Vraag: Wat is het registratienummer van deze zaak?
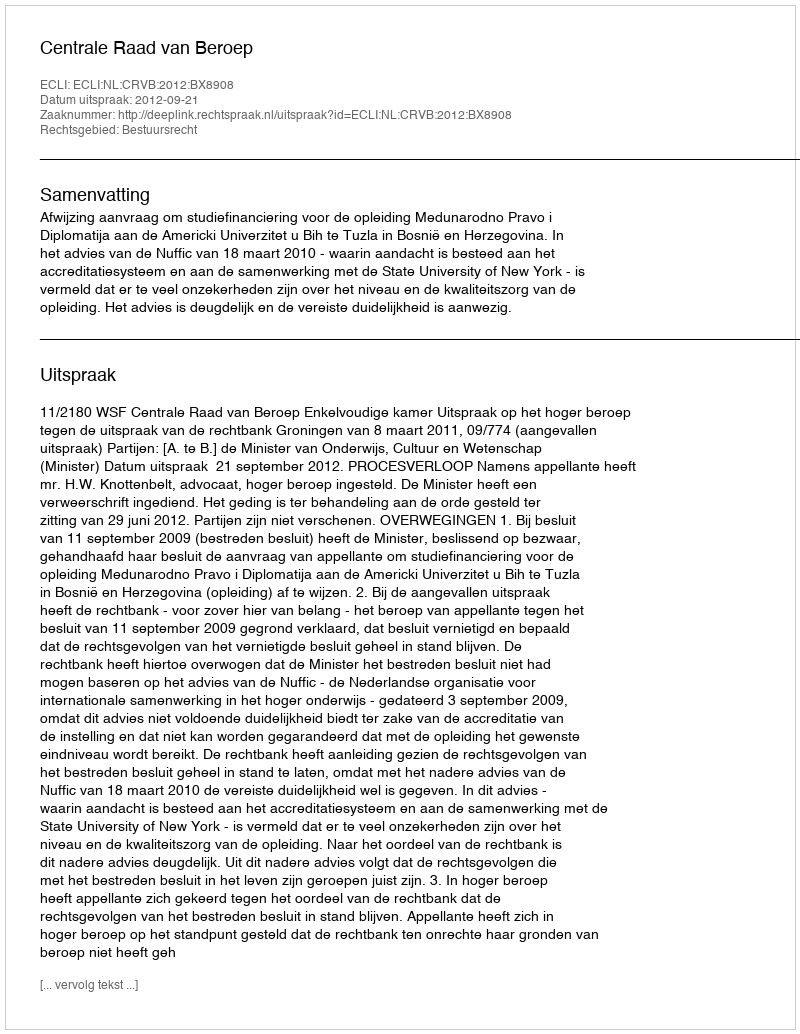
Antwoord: http://deeplink.rechtspraak.nl/uitspraak?id=ECLI:NL:CRVB:2012:BX8908